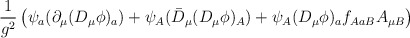
\begin{align*}\frac{1}{g^2}\left(\psi_a(\partial_\mu(D_\mu\phi)_a)+\psi_A(\bar{D}_\mu(D_\mu\phi)_A)+\psi_A(D_\mu\phi)_af_{AaB}A_{\mu B}\right)\end{align*}